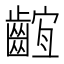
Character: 𪘫